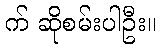
က် ဆိုစမ်းပါဦး။